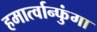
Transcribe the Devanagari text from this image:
हमार्त्वान्फुंगा